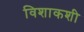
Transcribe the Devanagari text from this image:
विशाकशी